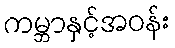
ကမ္ဘာနှင့်အဝန်း